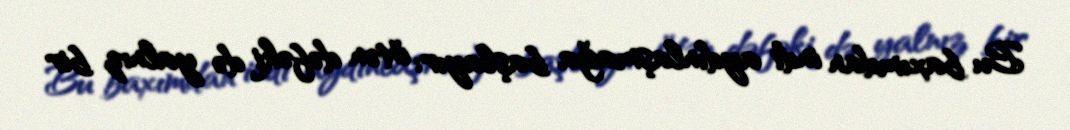
Bu baxımdan indi aydınlaşmağa başlayır: ötən dəfəki də yalnız bir